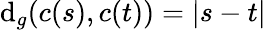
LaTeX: \mathrm{d}_{g}(c(s),c(t))=|s-t|